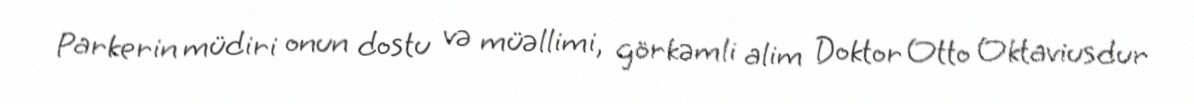
Parkerin müdiri onun dostu və müəllimi, görkəmli alim Doktor Otto Oktaviusdur